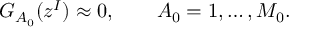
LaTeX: G _ { A _ { 0 } } ( z ^ { I } ) \approx 0 , \qquad A _ { 0 } = 1 , \ldots , M _ { 0 } .